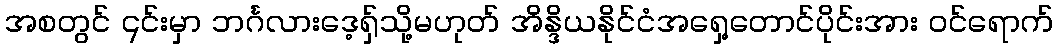
အစတွင် ၎င်းမှာ ဘင်္ဂလားဒေ့ရှ်သို့မဟုတ် အိန္ဒိယနိုင်ငံအရှေ့တောင်ပိုင်းအား ဝင်ရောက်